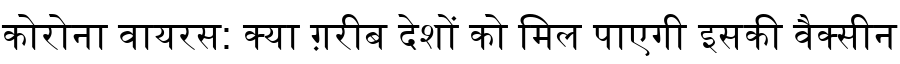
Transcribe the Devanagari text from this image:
कोरोना वायरस: क्या ग़रीब देशों को मिल पाएगी इसकी वैक्सीन